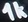
Text: 1k